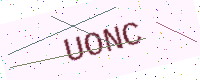
Text: UONC